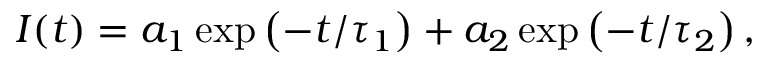
I ( t ) = a _ { 1 } \exp \left( - t / \tau _ { 1 } \right) + a _ { 2 } \exp \left( - t / \tau _ { 2 } \right) ,